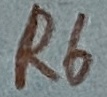
Text: R6